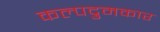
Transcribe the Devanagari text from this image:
कल्पद्रुमकार